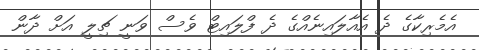
އެމެރިކާގެ ދެ އެއާލައިނެއްގެ ދެ ފްލައިޓް ވެސް ވަނީ ޗިލީ އަށް ދާން